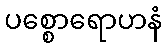
ပစ္စောရောဟနံ